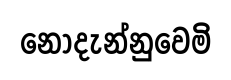
නොදැන්නුවෙමි